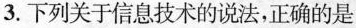
3.下列关于信息技术的说法，正确的是 ( )